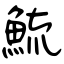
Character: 鯍